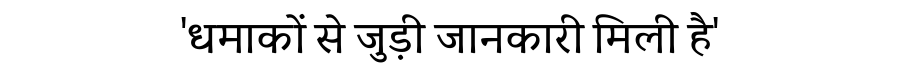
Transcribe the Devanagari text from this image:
'धमाकों से जुड़ी जानकारी मिली है'